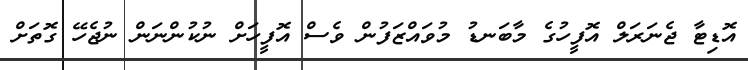
އޮޑިޓާ ޖެނަރަލް އޮފީހުގެ މާބަނޑު މުވައްޒަފުން ވެސް އޮފީހަށް ނުކުންނަން ނުޖެހޭ ގޮތަށް